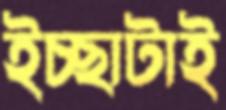
ইচ্ছাটাই